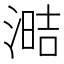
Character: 𰜧